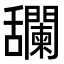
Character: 𦧼